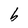
Character: b